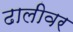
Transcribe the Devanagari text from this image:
ढालीवर